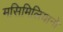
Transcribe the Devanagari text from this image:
मसिमिलियानो